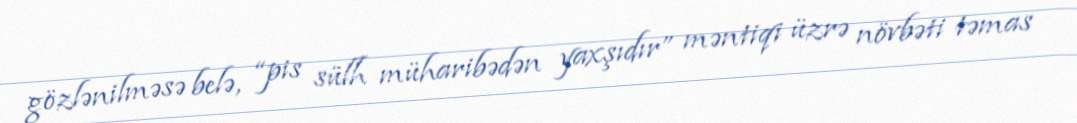
gözlənilməsə belə, “pis sülh müharibədən yaxşıdır” məntiqi üzrə növbəti təmas